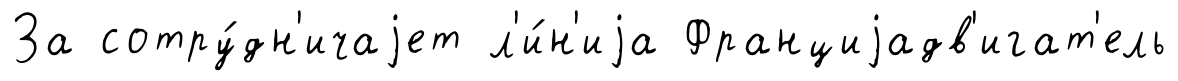
За сотру́дн'ичаjет л'и́н'иjа Франциjадв'игат'ель